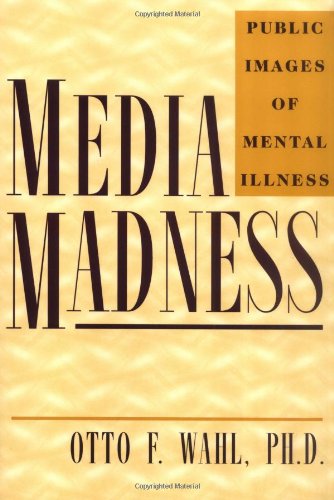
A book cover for Media Madness: Public Images of Mental Illness; Otto F. Wahl; Health, Fitness & Dieting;